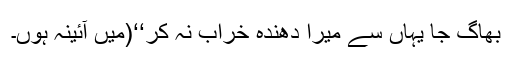
بھاگ جا یہاں سے میرا دھندہ خراب نہ کر‘‘(میں آئینہ ہوں۔